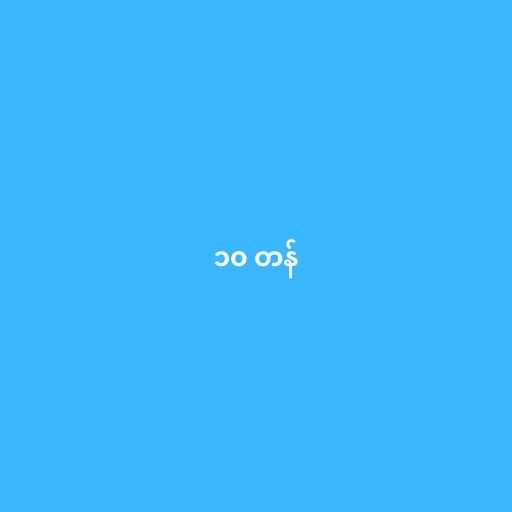
၁၀ တန်